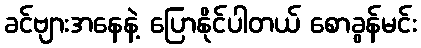
ခင်ဗျားအနေနဲ့ ပြောနိုင်ပါတယ် စောခွန်မင်း